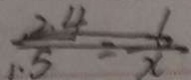
\frac { 2 . 4 } { 1 . 5 } = \frac { 6 } { x }